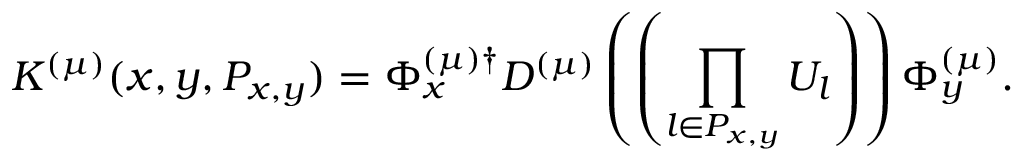
K ^ { ( \mu ) } ( x , y , P _ { x , y } ) = \Phi _ { x } ^ { ( \mu ) \dagger } D ^ { ( \mu ) } \left( \left( \prod _ { l \in P _ { x , y } } U _ { l } \right) \right) \Phi _ { y } ^ { ( \mu ) } .